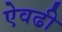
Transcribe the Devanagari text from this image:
ऐवढी